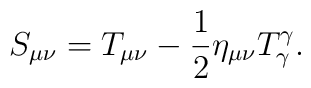
S_{\mu\nu}=T_{\mu\nu}-\frac{1}{2}\eta_{\mu\nu}T^{\gamma}_{\gamma}.